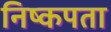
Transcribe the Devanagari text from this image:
निष्कपता